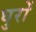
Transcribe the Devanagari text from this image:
घुरों